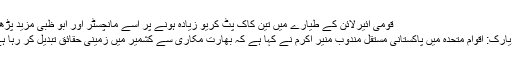
قومی ائیرلائن کے طیارے میں تین کاک پٹ کریو زیادہ ہونے پر اسے مانچسٹر اور ابو ظبی مزید پڑھیں
نیویارک: اقوام متحدہ میں پاکستانی مستقل مندوب منیر اکرم نے کہا ہے کہ بھارت مکاری سے کشمیر میں زمینی حقائق تبدیل کر رہا ہے۔